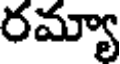
రమ్యా